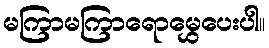
မကြာမကြာရောမွှေပေးပါ။